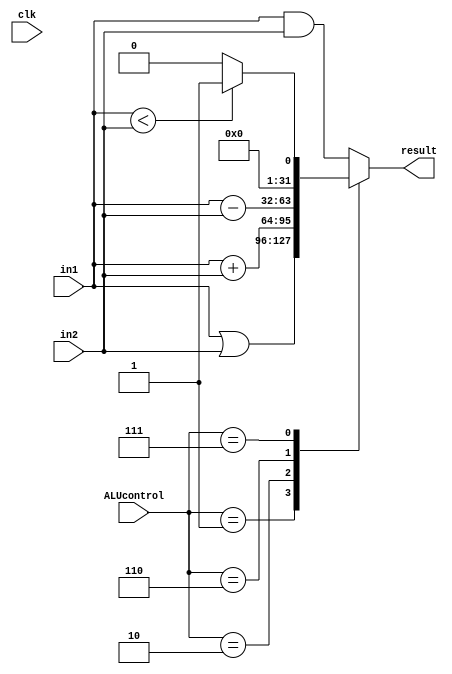
`timescale 1ns / 1ps
module ALU(clk, ALUcontrol, in1, in2, result);
    input [3:0]ALUcontrol;
    input [31:0]in1;
    input [31:0]in2;
    input clk;
    output [31:0]result;

    reg [31:0]result;

    always @ (ALUcontrol or in1 or in2) begin
        case (ALUcontrol)
            4'b0000: result <= in1 & in2;   // and
            4'b0001: result <= in1 | in2;   // or 
            4'b0010: result <= in1 + in2;   // add
            4'b0110: result <= in1 - in2;   // sub
            4'b0111: result <= (in1 < in2) ? 1:0;   // sll    
            default: result <= in1 & in2;
        endcase  
    end
endmodule